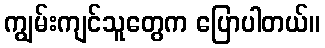
ကျွမ်းကျင်သူတွေက ပြောပါတယ်။